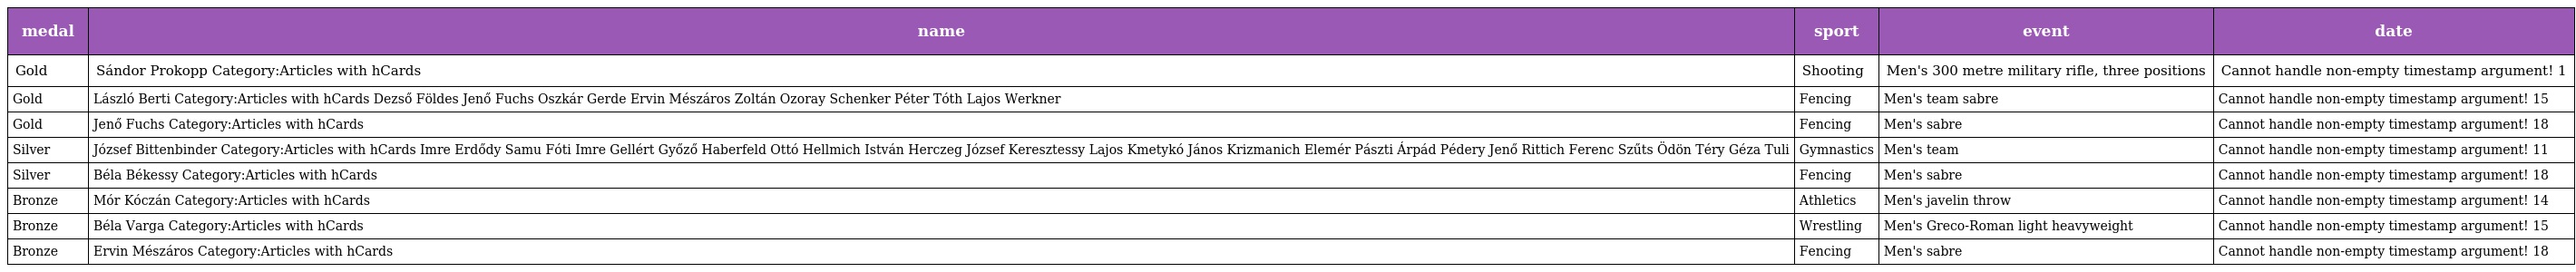
| medal | name | sport | event | date |
 | --- | --- | --- | --- | --- |
 | Gold | Sándor Prokopp Category:Articles with hCards | Shooting | Men's 300 metre military rifle, three positions | Cannot handle non-empty timestamp argument! 1 |
 | Gold | László Berti Category:Articles with hCards Dezső Földes Jenő Fuchs Oszkár Gerde Ervin Mészáros Zoltán Ozoray Schenker Péter Tóth Lajos Werkner | Fencing | Men's team sabre | Cannot handle non-empty timestamp argument! 15 |
 | Gold | Jenő Fuchs Category:Articles with hCards | Fencing | Men's sabre | Cannot handle non-empty timestamp argument! 18 |
 | Silver | József Bittenbinder Category:Articles with hCards Imre Erdődy Samu Fóti Imre Gellért Győző Haberfeld Ottó Hellmich István Herczeg József Keresztessy Lajos Kmetykó János Krizmanich Elemér Pászti Árpád Pédery Jenő Rittich Ferenc Szűts Ödön Téry Géza Tuli | Gymnastics | Men's team | Cannot handle non-empty timestamp argument! 11 |
 | Silver | Béla Békessy Category:Articles with hCards | Fencing | Men's sabre | Cannot handle non-empty timestamp argument! 18 |
 | Bronze | Mór Kóczán Category:Articles with hCards | Athletics | Men's javelin throw | Cannot handle non-empty timestamp argument! 14 |
 | Bronze | Béla Varga Category:Articles with hCards | Wrestling | Men's Greco-Roman light heavyweight | Cannot handle non-empty timestamp argument! 15 |
 | Bronze | Ervin Mészáros Category:Articles with hCards | Fencing | Men's sabre | Cannot handle non-empty timestamp argument! 18 |